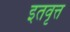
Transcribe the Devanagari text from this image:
इतवृत्त